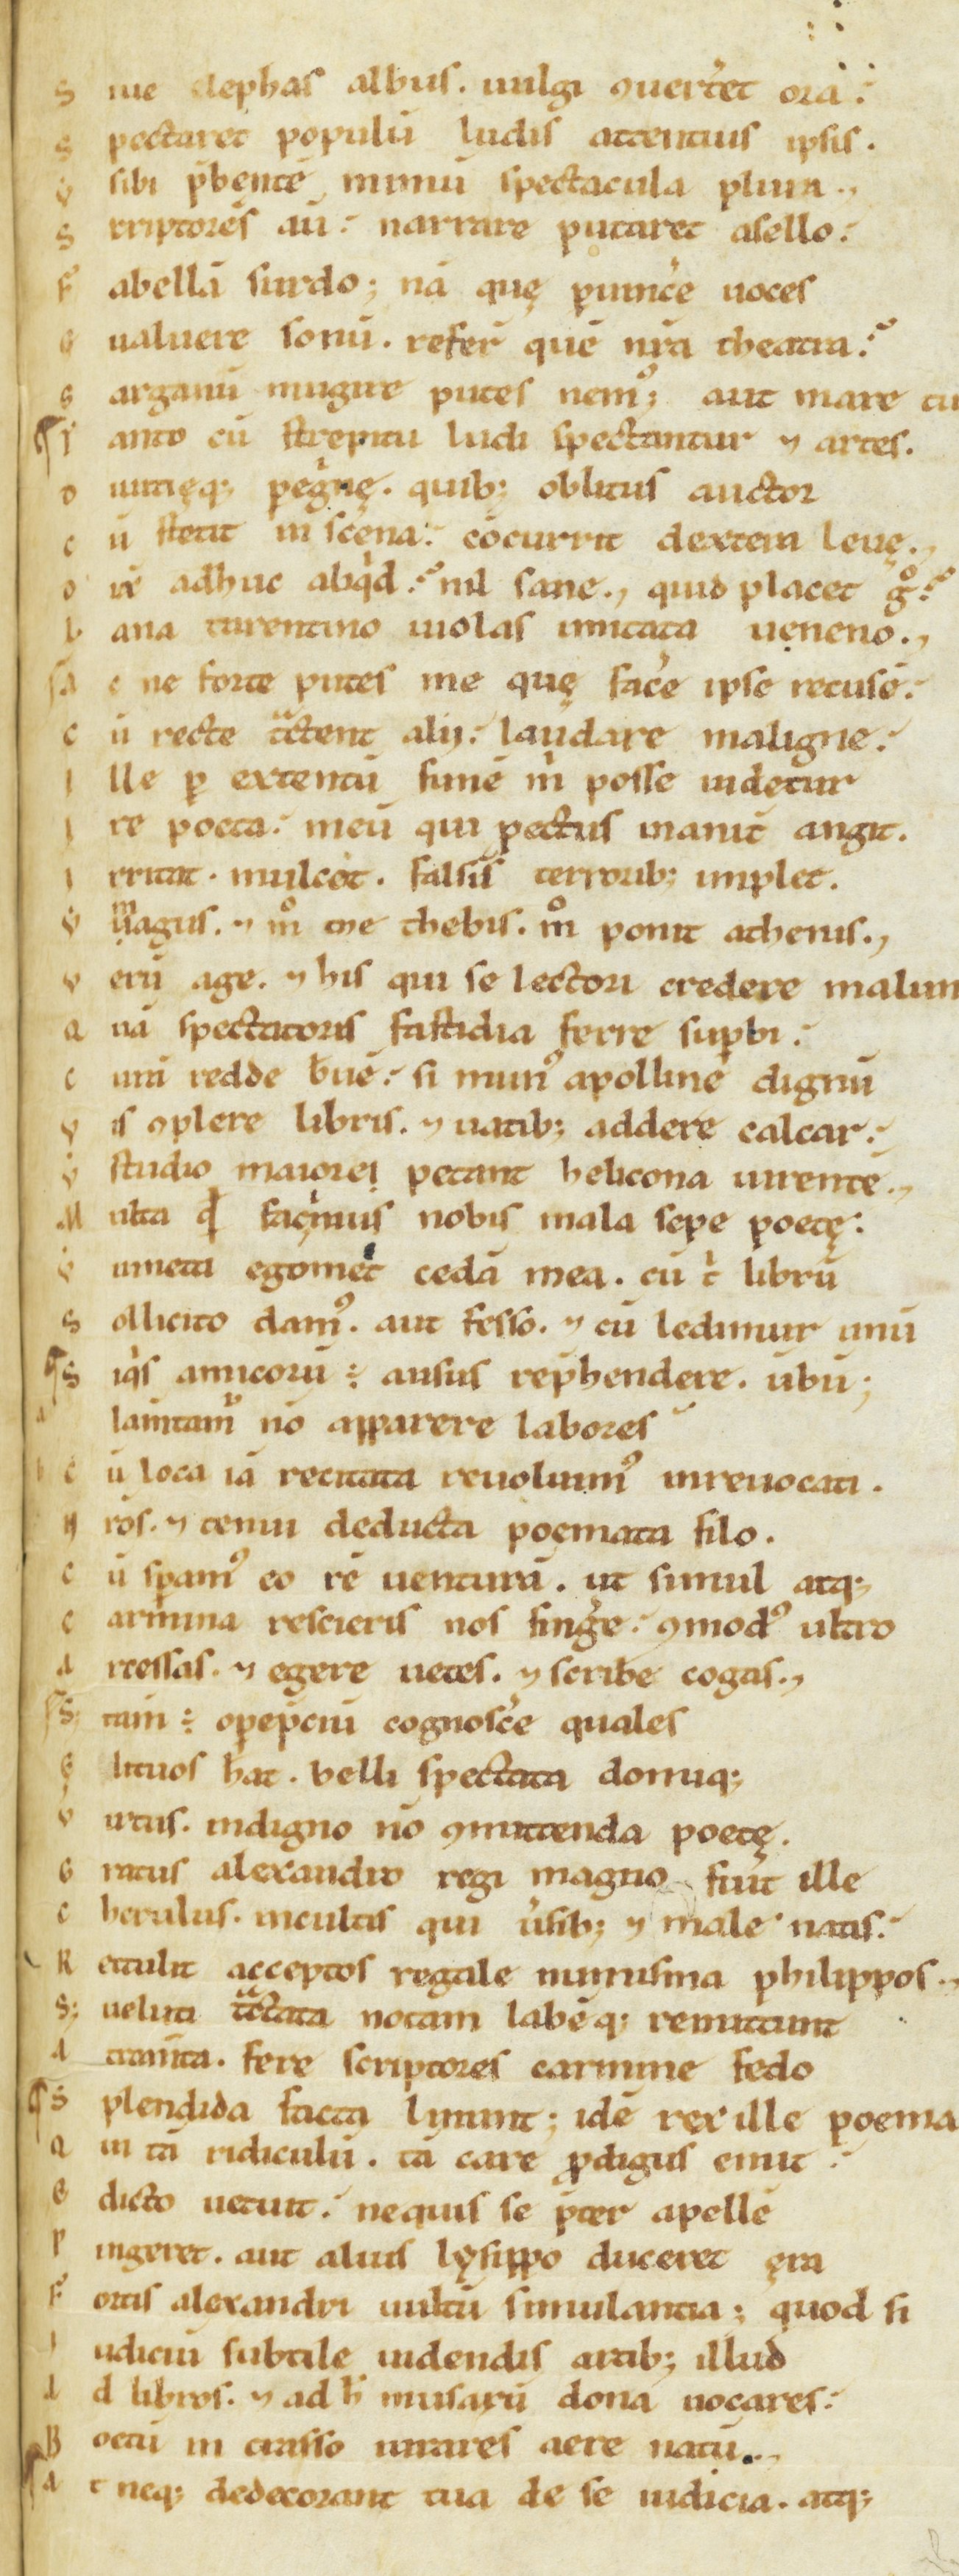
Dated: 1100–1199